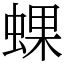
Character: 蜾